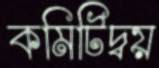
কমিটিদ্বয়